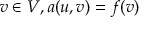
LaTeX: v \in V , a ( u , v ) = f ( v )